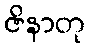
ဇိနာတု